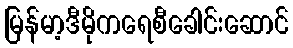
မြန်မာ့ဒီမိုကရေစီခေါင်းဆောင်